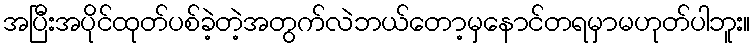
အပြီးအပိုင်ထုတ်ပစ်ခဲ့တဲ့အတွက်လဲဘယ်တော့မှနောင်တရမှာမဟုတ်ပါဘူး။